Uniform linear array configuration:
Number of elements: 48
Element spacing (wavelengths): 0.75
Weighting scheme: uniform
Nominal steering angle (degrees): -15
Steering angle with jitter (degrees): -13.007
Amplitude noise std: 0.05
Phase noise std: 0.05

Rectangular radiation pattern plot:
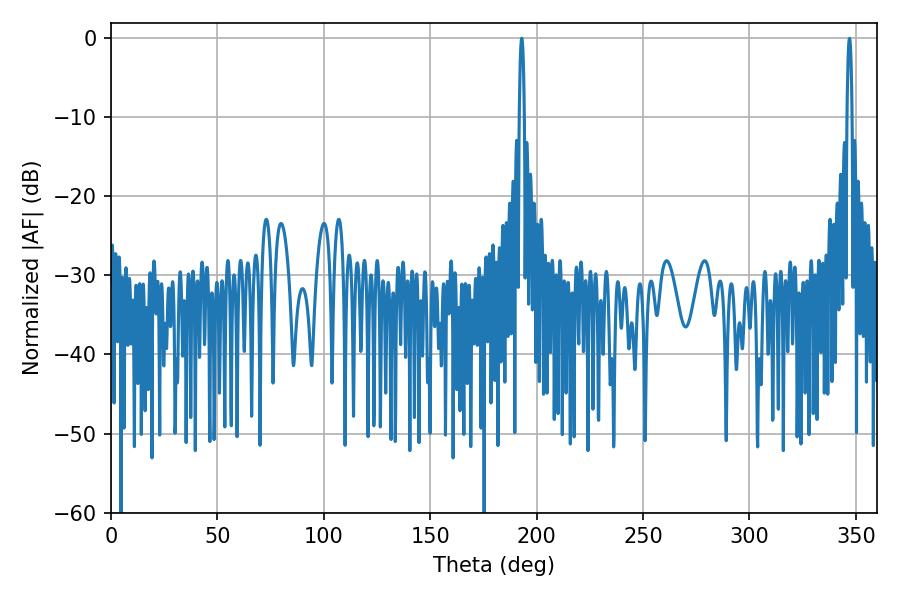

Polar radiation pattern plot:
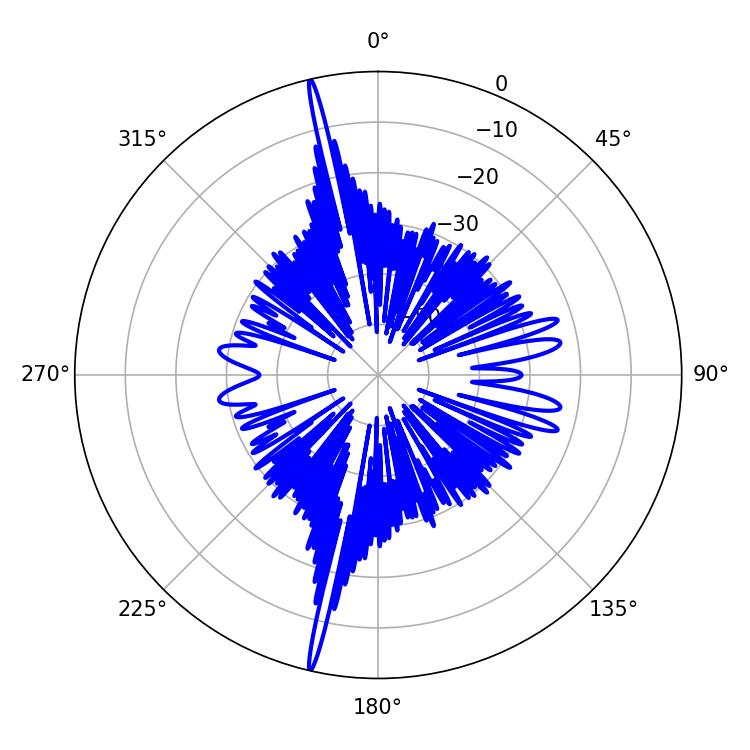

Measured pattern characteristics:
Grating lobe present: TRUE
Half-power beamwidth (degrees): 1.26
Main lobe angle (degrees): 192.96